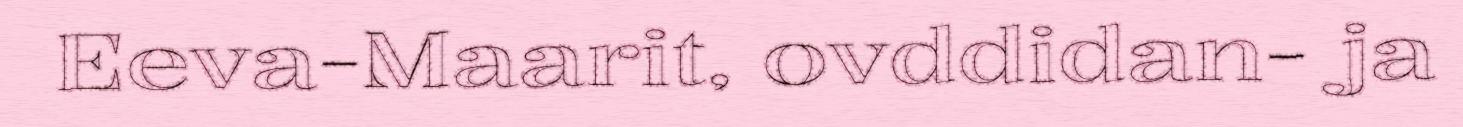
Eeva-Maarit, ovddidan- ja